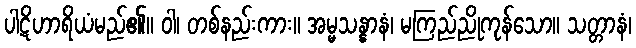
ပါဋိဟာရိယံမည်၏။ ဝါ၊ တစ်နည်းကား။ အမ္မသန္နာနံ၊ မကြည်ညိုကုန်သော။ သတ္တာနံ၊